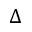
\Delta